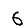
Digit: 6